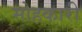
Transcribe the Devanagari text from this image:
मोहकारी